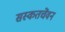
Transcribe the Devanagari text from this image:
सस्कतचेंवन